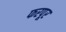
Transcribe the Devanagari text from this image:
फरपूर